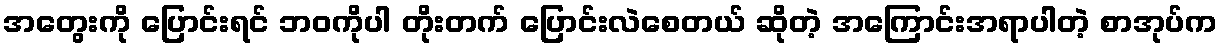
အတွေးကို ပြောင်းရင် ဘဝကိုပါ တိုးတက် ပြောင်းလဲစေတယ် ဆိုတဲ့ အကြောင်းအရာပါတဲ့ စာအုပ်က